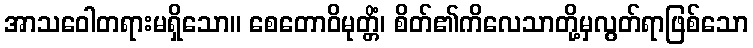
အာသဝေါတရားမရှိသော။ စေတောဝိမုတ္တိံ၊ စိတ်၏ကိလေသာတို့မှလွတ်ရာဖြစ်သော